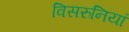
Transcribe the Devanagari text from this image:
विसरुनियां